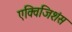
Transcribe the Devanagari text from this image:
एक्विजिशंस